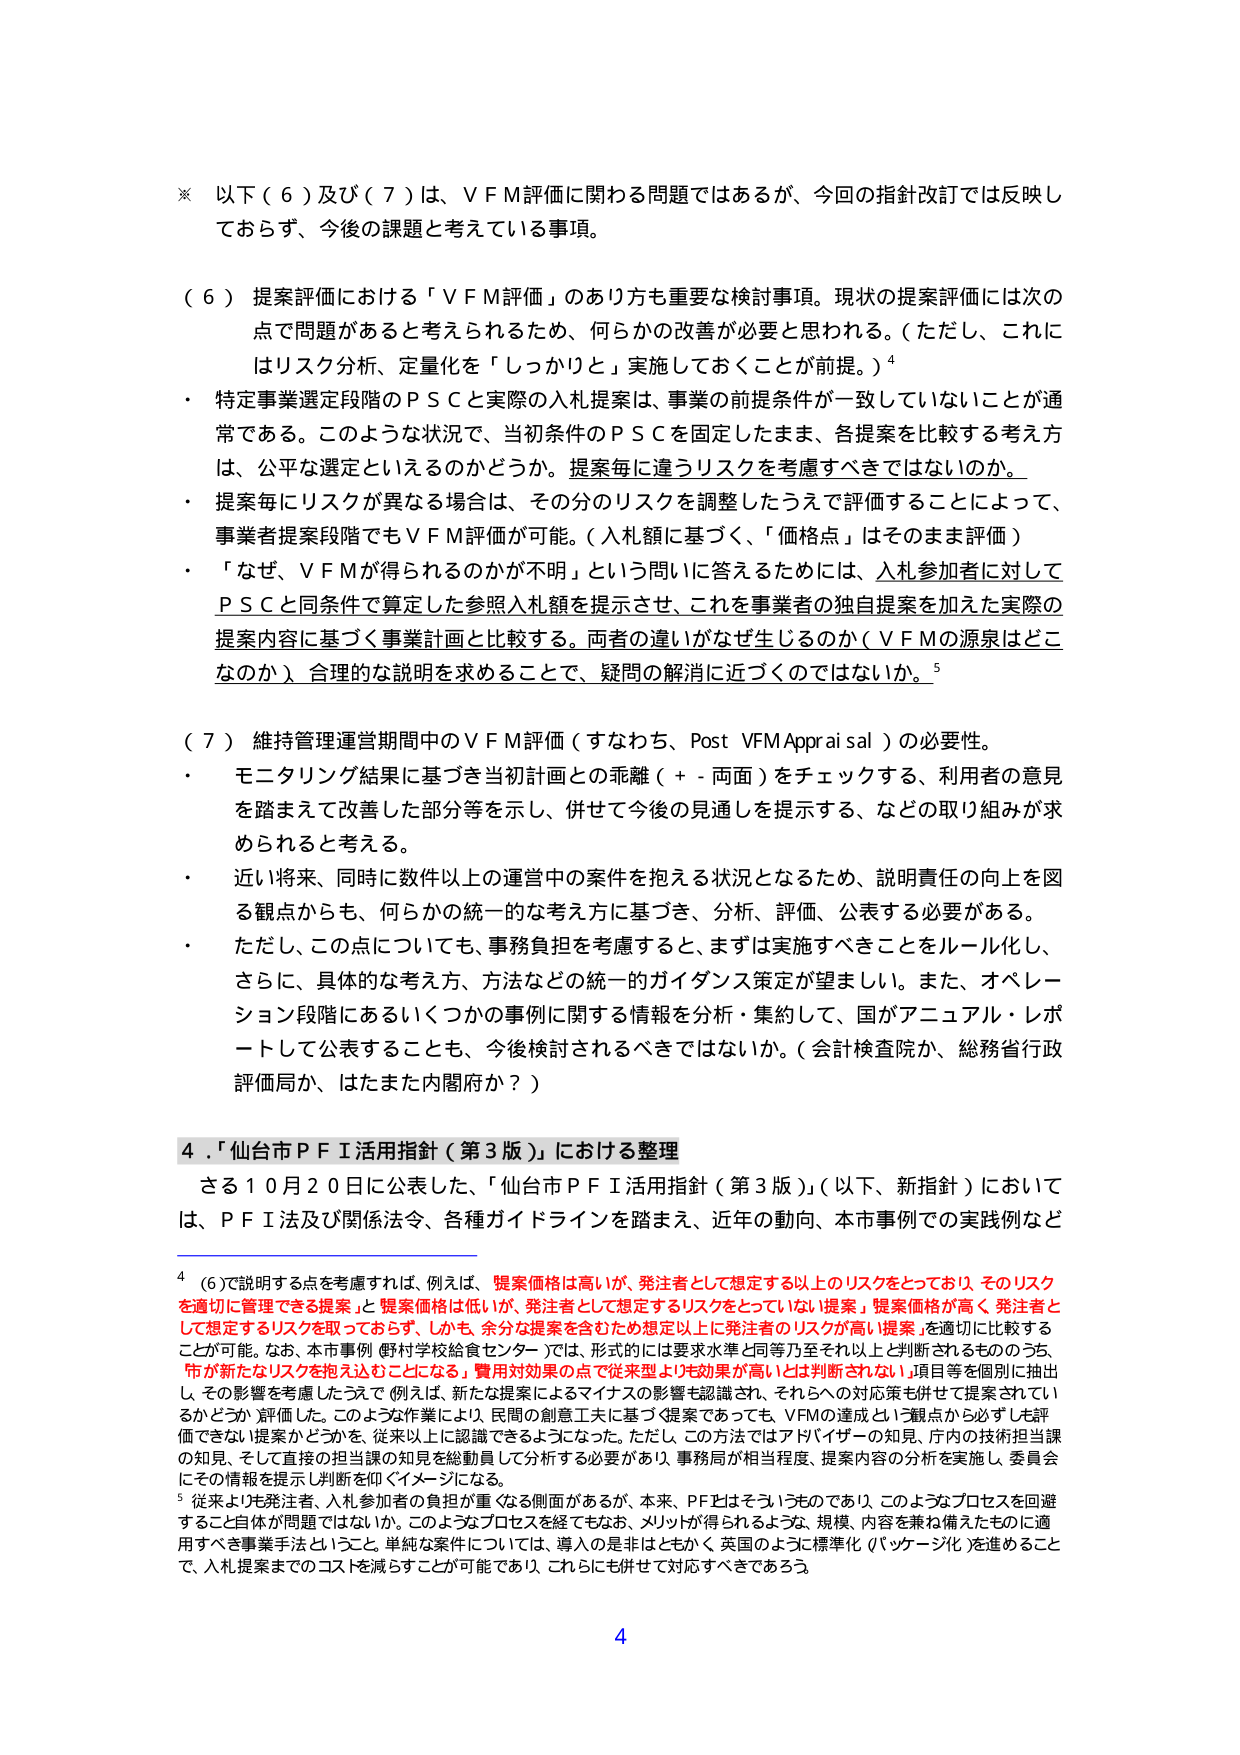
※ 以下（６）及び（７）は、ＶＦＭ評価に関わる問題ではあるが、今回の指針改訂では反映しておらず、今後の課題と考えている事項。

（６）提案評価における「ＶＦＭ評価」のあり方も重要な検討事項。現状の提案評価には次の点で問題があると考えられるため、何らかの改善が必要と思われる。（ただし、これにはリスク分析、定量化を「しっかり」と実施しておくことが前提。）⁴

・ 特定事業選定段階のＰＳＣと実際の入札提案は、事業の前提条件が一致していないことが通常である。このような状況で、当初条件のＰＳＣを固定したまま、各提案を比較する考え方は、公平な選定といえるのかどうか。提案毎に違うリスクを考慮すべきではないのか。

・ 提案毎にリスクが異なる場合は、その分のリスクを調整したうえで評価することによって、事業者提案段階でもＶＦＭ評価が可能。（入札額に基づく、「価格」はそのまま評価）

・ 「なぜ、ＶＦＭが得られるのかが不明」という問いに答えるためには、入札参加者に対してＰＳＣと同条件で算定した参照入札額を提示させ、これを事業者の独自提案を加えた実際の提案内容に基づく事業計画と比較する。両者の違いがなぜ生じるのか（ＶＦＭの源泉はどこなのか）合理的な説明を求めることで、疑問の解消に近づくのではないのか。⁵

（７）維持管理運営期間中のＶＦＭ評価（すなわち、Post VFM Appraisal）の必要性。

・ モニタリング結果に基づき当初計画との乖離（＋・両面）をチェックする、利用者の意見を踏まえて改善した部分等を示し、併せて今後の見通しを提示する、などの取り組みが求められると考える。

・ 近い将来、同時に数件以上の運営中の案件を抱える状況となるため、説明責任の向上を図る観点からも、何らかの統一的な考え方に基づき、分析、評価、公表する必要がある。

・ ただし、この点についても、事務負担を考慮すると、まずは実施すべきことをルール化し、さらに、具体的な考え方、方法などの統一的ガイダンス策定が望ましい。また、オペレーション段階にあるいくつかの事例に関する情報を分析・集約して、国がアニュアル・レポートとして公表することも、今後検討されるべきではないか。（会計検査院か、総務省行政評価局か、はたまた内閣府か？）

4．「仙台市ＰＦＩ活用指針（第3版）」における整理

さる10月20日に公表した、「仙台市ＰＦＩ活用指針（第3版）」（以下、新指針）においては、ＰＦＩ法及び関係法令、各種ガイドラインを踏まえ、近年の動向、本市事例での実践例など

⁴ （6）で説明する点を考慮すれば、例えば、「提案価格は高いが、発注者として想定する以上のリスクをとっており、そのリスクを適切に管理できる提案」と「提案価格は低いが、発注者として想定するリスクをとっていない提案」を適切に比較することが可能。なお、本市事例（野村学校給食センター）では、形式的には要求水準と同等乃至それ以上と判断されるもののうち、「新たなるリスクを抱え込むことになる」「費用対効果の点で従来型より効果が高いとは判断されない」項目等を個別に抽出し、その影響を考慮したうえで（例えば、新たな提案によるマイナスの影響も認識され、それらへの対応策も併せて提案されているかどうか）評価した。このような作業により、民間の創意工夫に基づく提案であっても、VFMの達成という観点から必ずしも評価できない提案かどうかを、従来以上に認識できるようになった。ただし、この方法ではアドバイザーの知見、庁内の技術担当課の知見、そして直接の担当課の知見を動員して分析する必要があり、事務局が相当程度、提案内容の分析を実施し、委員会にその情報を提示し判断を仰ぐイメージになる。

⁵ 従来より発注者、入札参加者の負担が重くなる側面があるが、本来、ＰＦＩはそういうものであり、このようなプロセスを回避すること自体が問題ではないか。このようなプロセスを経てもなお、メリットが得られるような、規模、内容を兼ね備えたものに適用すべき事業手法ということ。単純な案件については、導入の是非はともかく、英国のように標準化（パッケージ化）を進めることで、入札提案までのコストを減らすことが可能であり、これにも併せて対応すべきであろう。

4